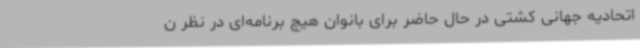
اتحادیه جهانی کشتی در حال حاضر برای بانوان هیچ برنامه‌ای در نظر ن